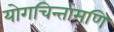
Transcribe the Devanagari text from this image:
योगचिन्तामणि